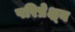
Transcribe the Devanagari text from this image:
परिप्रेक्ष्‍य